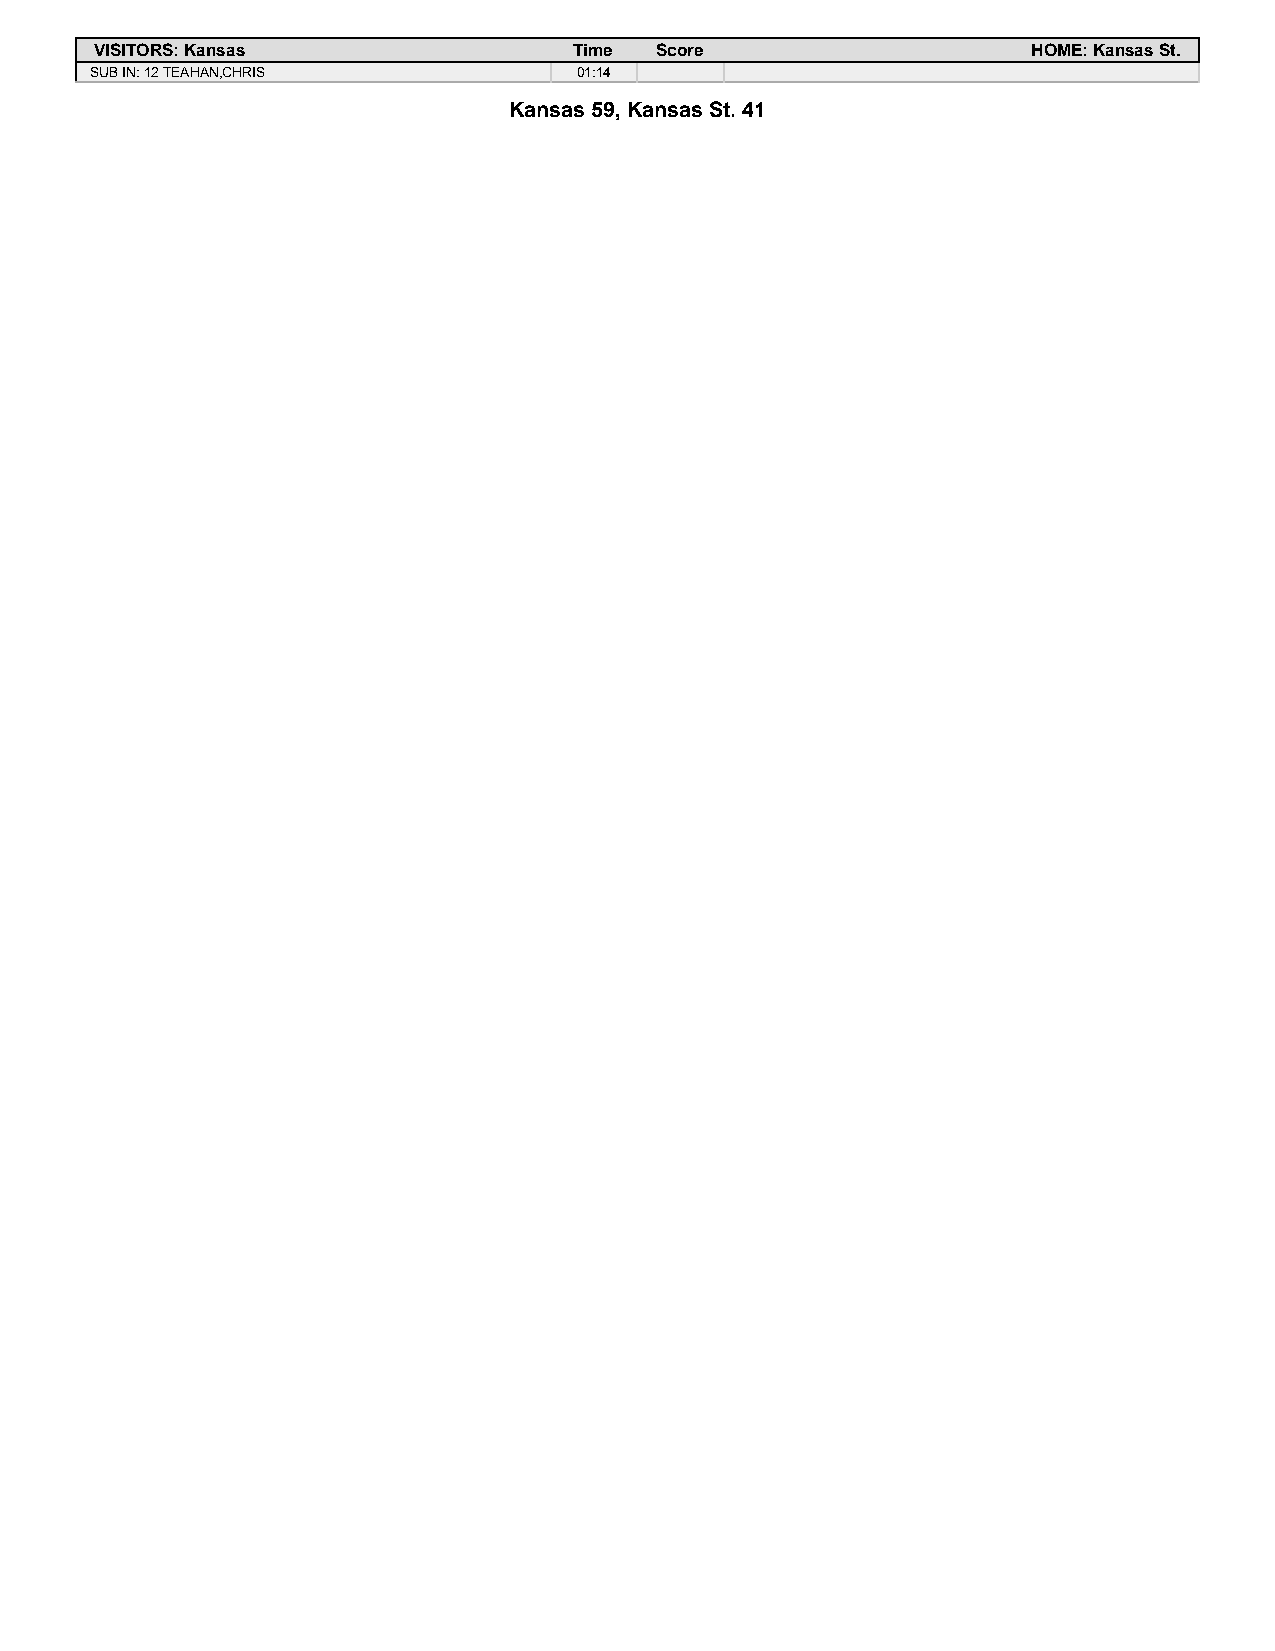
VISITORS: Kansas                Time Score                    HOME: Kansas St.
 SUB IN: 12 TEAHAN,CHRIS         01:14
 Kansas 59, Kansas St. 41